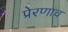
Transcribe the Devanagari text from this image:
प्रेरणाच